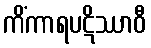
ကိံကာရပဋိဿာဝီ